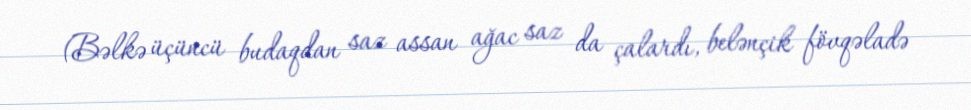
(Bəlkə üçüncü budaqdan saz assan ağac saz da çalardı, belənçik fövqəladə